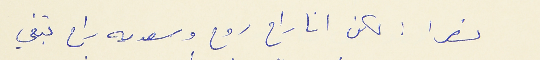
نصرا : لكن انا راح روح وسعديه راح تبقي